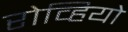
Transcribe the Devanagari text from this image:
रोव्हियो